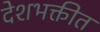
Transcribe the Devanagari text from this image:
देशभक्तीत